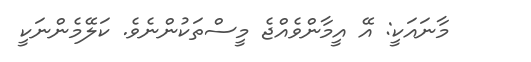
މާނައަކީ: އޭ އީމާންވެއްޖެ މީސްތަކުންނެވެ. ކަލޭމެންނަކީ